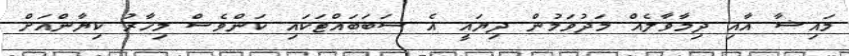
މައިޝާ އާއި ދިމާވާލެއް މަދުވަމުން ދިޔައީ އެ ސަބަބައްޓަކައި ކަންވެސް މިހާރު ކިޔާންއަށް